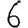
Digit: 6